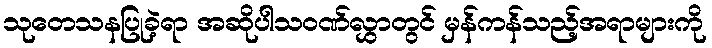
သုတေသနပြုခဲ့ရာ အဆိုပါသဝဏ်လွှာတွင် မှန်ကန်သည့်အရာများကို